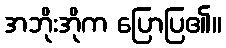
အဘိုးအိုက ပြောပြ၏။